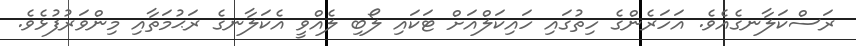
ރަސްކަލާނގެއެވެ. އަހަރެންގެ ހިތުގައި ހައިކަލްއަށް ޓަކައި ލޯބި ލެއްވީ އެކަލާނގެ ރަޙުމަތާއި މިންވަރުފުޅެވެ.